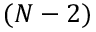
( N - 2 )